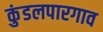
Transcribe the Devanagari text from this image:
कुंडलपारगाव